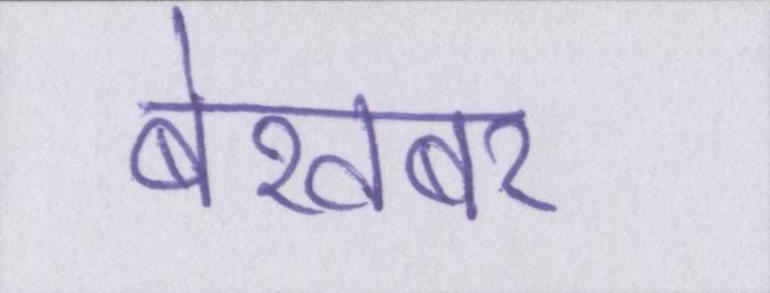
बेखबर